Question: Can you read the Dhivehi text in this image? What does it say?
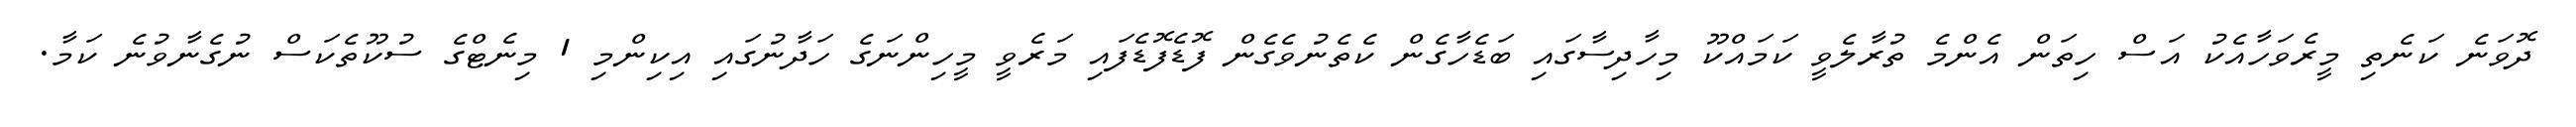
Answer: ދޮވަނެ ކަނެތި މީރެވަހާއެކު އަސް ހިތަން އެންމެ ތުރާލެވީ ކަމައްކޫ މިހާދިސާގައި ބަޑެހާގެން ކެތެނުވެގެން ފޮޑެފޮޑެފައި މަރެވީ މީހިންނަގެ ހަދާނުގައި އިކިންމި 1 މިނެޓްގެ ސުކޫތެކަސް ނުގެނާވުނެ ކަމާ.